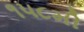
૧૫૮મી